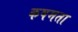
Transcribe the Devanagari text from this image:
कषमता